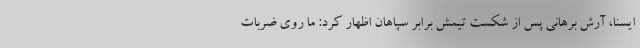
ایسنا، آرش برهانی پس از شکست تیمش برابر سپاهان اظهار کرد: ما روی ضربات